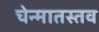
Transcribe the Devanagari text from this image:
चेन्मातस्तव